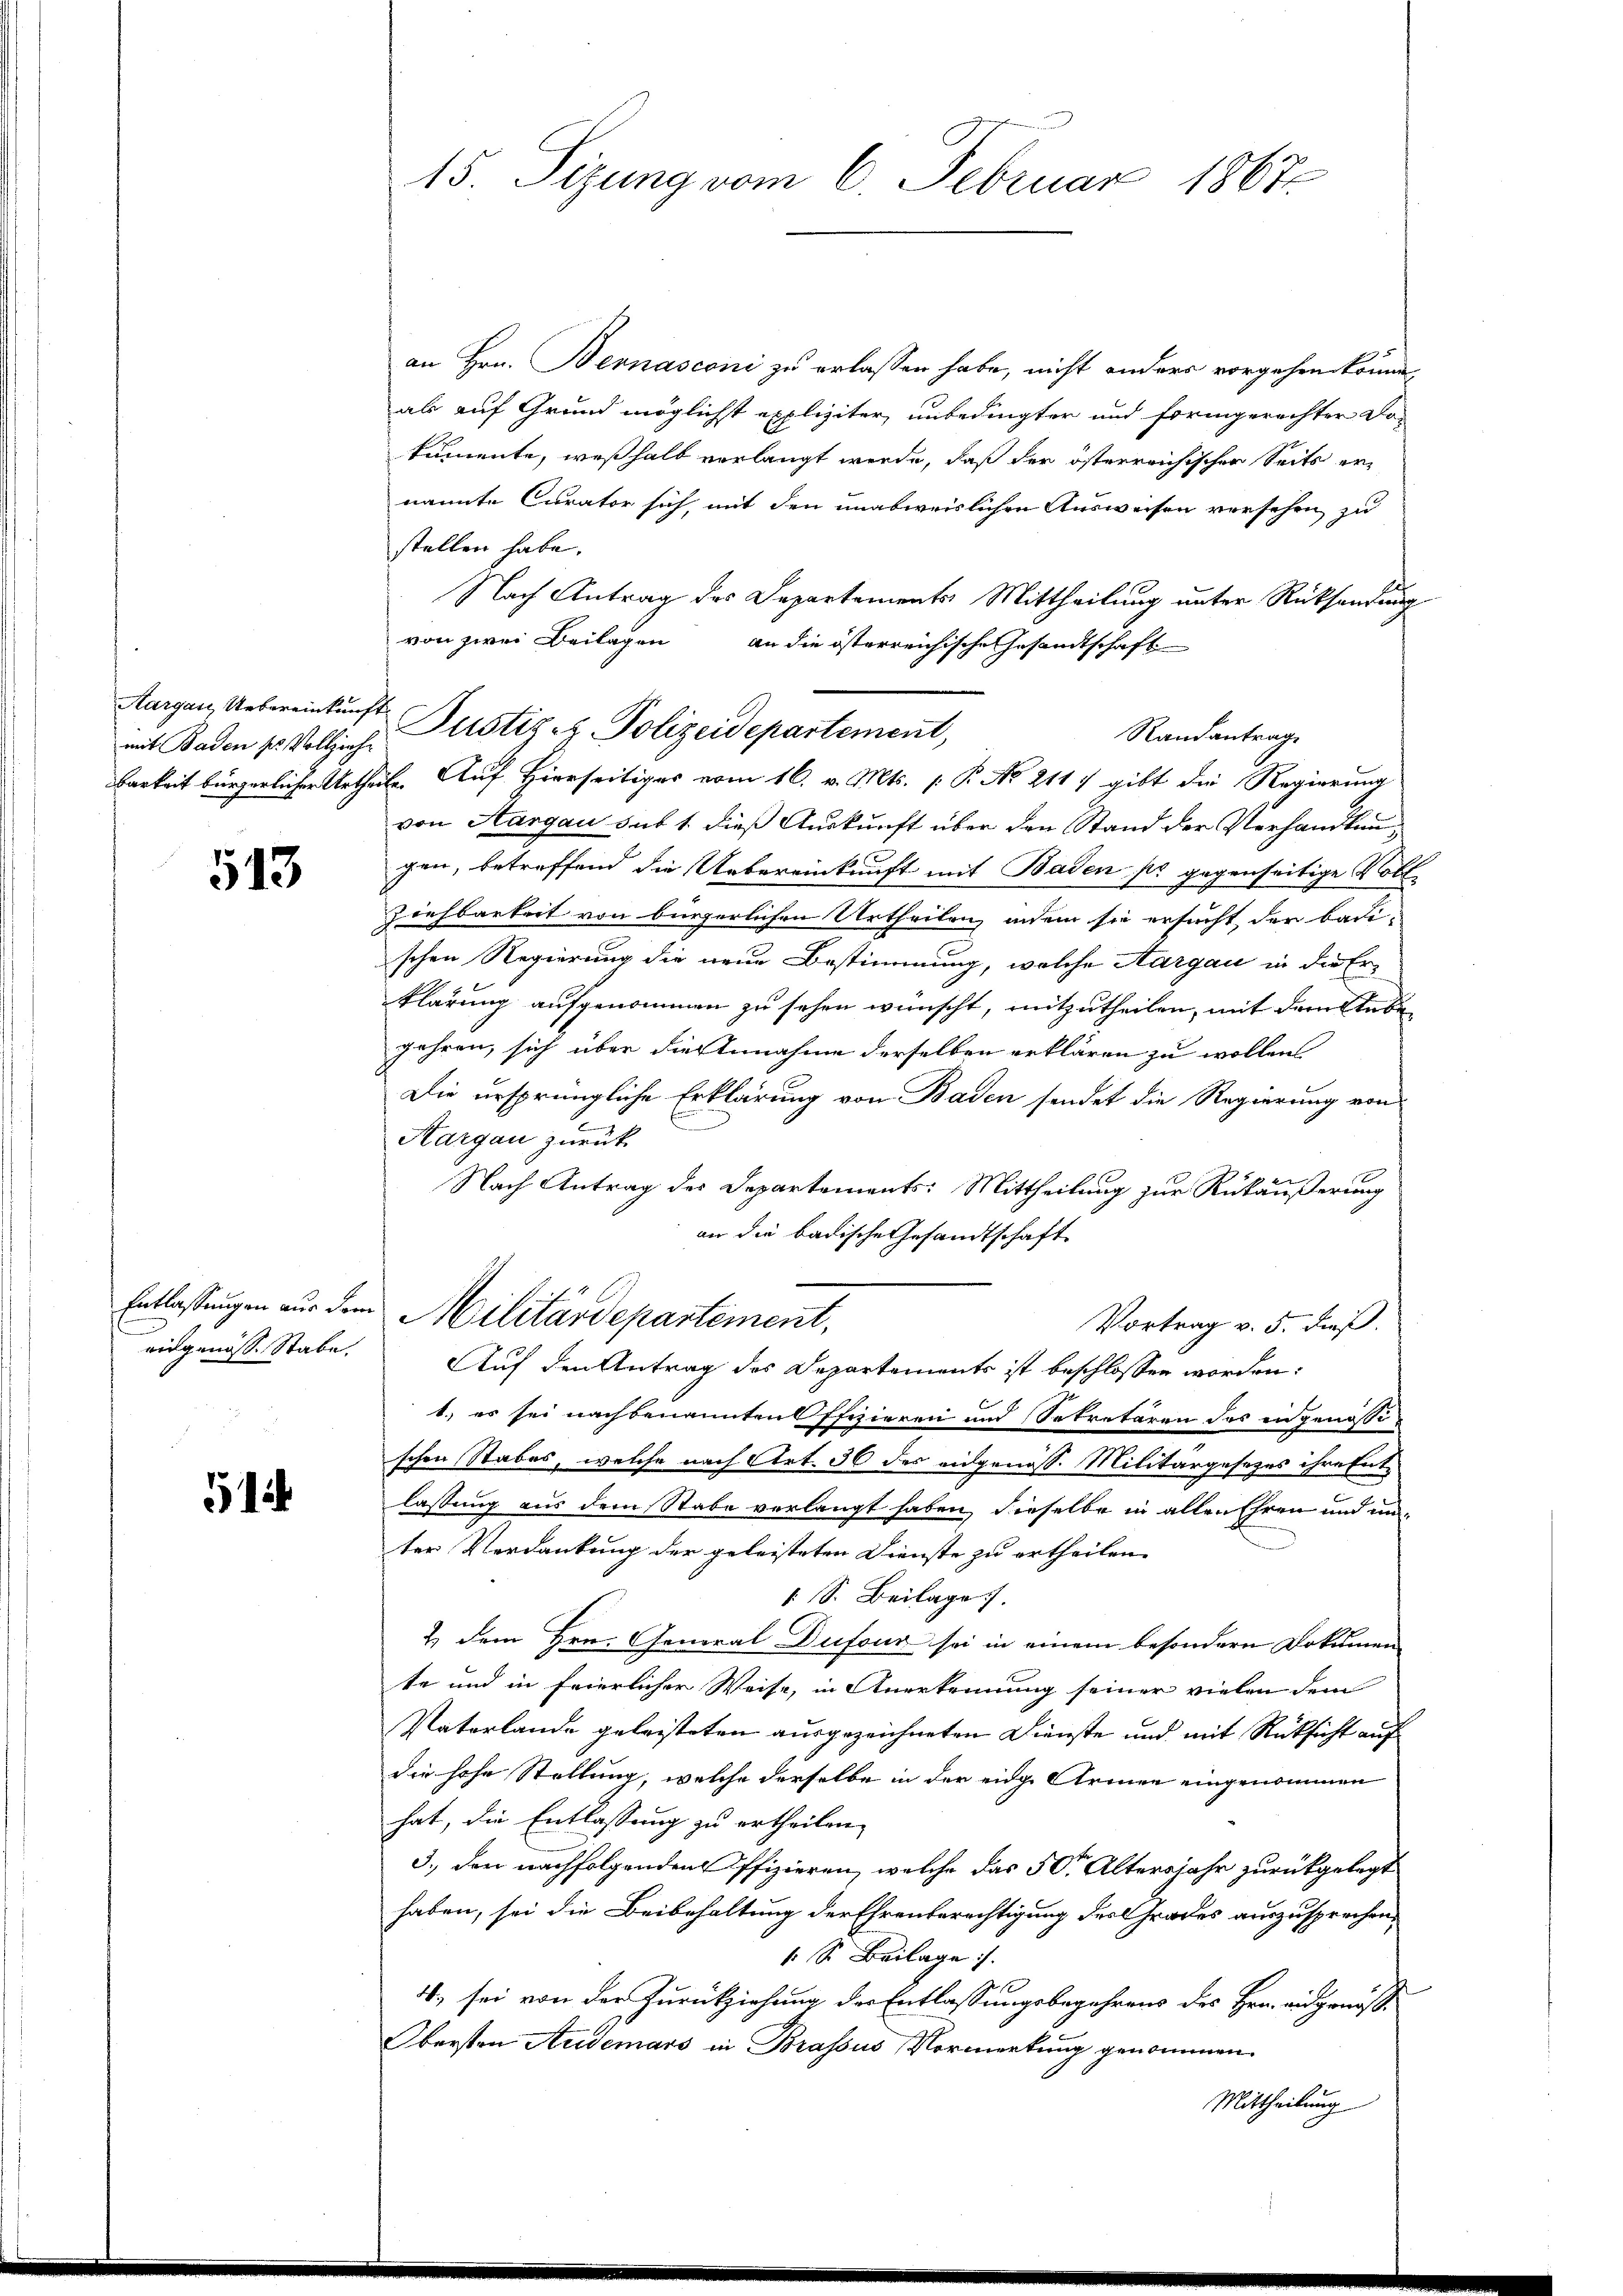
mit Baden sr Vollziehe

513

51

an Hrn. Bernasconi zu erlassen habe, nicht anders vorgehen könne,
als auf Grund möglichst expliziter unbedingter und formgerechter Dotumente, weßhalb verlangt werde, daß der österreichischen Seits ernannte Curator sich, mit den unabweislichen Ausweisen versehen zu
stellen habe.
Nach Antrag des Departements Mittheilung unter Rücksendung
von zwei Beilagen an die österreichische Gesandtschaft
barkeit bürgerlicher Urtheile. Auf Hierseitiges vom 16. v. Mts. 1. P. No 2117 gibt die Regierung
von Aargau sub 1. dieß Auskunft über den Stand der Verhandlungen, betreffend die Uebereinkunft mit Baden sr gegenseitige Voll-
Ziehbarkeit von bürgerlichen Urtheilen, indem sie ersucht, der badi-
schen Regierung die neue Bestimmung, welche Aargau in die Erklärung aufgenommen zu sehen wünscht, mitzutheilen, mit dem Leben
jahren, sich über die Annahme derselben erklären zu wollen
Die ursprüngliche Erklärung von Baden sendet die Regierung von
Ein
Kargau zurück
Nach Antrag des Departements: Mittheilung zur Rükäußerung
an die badische Gesandtschaft
Entlassungen aus dem Militärdepartement,
Vortrag v. 5. dieß.
eidgenöss. Stabe. Auf den Antrag des Departements ist beschlossen worden:
1.) es sei nachbenannten Offizieren und Sekretären des angenössischen Stabes, welche nach Art. 36 des eidgenoss. Militärgesezes ihre Entlassung aus dem Stabe verlangt haben, dieselbe in allen Ehren und unter Verdankung der geleisteten Dienste zu ertheilen.
 S. Beilage).
2. dem Hrn. General Dufour sei in einem besondern Dokumente und in feierlicher Weise, in Anerkennung seiner vielen dem
Paterlande geleisteten ausgezeichneten Dienste und mit Rücksicht auf
die hohe Stellung, welche derselbe in der eidge Armen eingenommen
hat, die Entlassung zu ertheilen.
3.) Der nachfolgenden Offizieren, welche das 50 Altersjahr zurückgelegt
haben, sei die Beibehaltung der Ehrenberechtigung des Grades auszusprechen,
1 S. Beilage.
4) sei von der Zurückziehung der Entlassungsbegehrens des Hrn. eidgenöß¬
Obersten Audemars in Brassus Vormerkung genommen.
Mittheilung

15. Sizung vom 6. Februar 1867.

Aargau, Uebereinkunfte Justiz & Polizeidepartement,

Randantrage